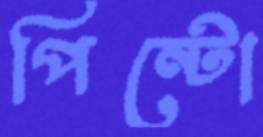
পিন্টো